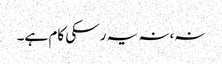
نہ،نہ یہ رسکی کام ہے۔